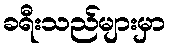
ခရီးသည်များမှာ